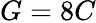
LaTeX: G=8C